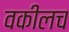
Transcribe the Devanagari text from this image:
वकीलच